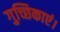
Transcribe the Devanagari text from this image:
गुच्छिकाएं।